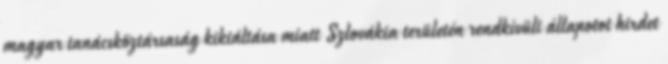
magyar tanácsköztársaság kikiáltása miatt Szlovákia területén rendkívüli állapotot hirdet